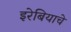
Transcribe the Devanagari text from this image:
इरेबियाचे